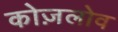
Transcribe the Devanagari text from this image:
कोज़लोव